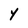
Character: 4